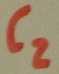
Text: C2